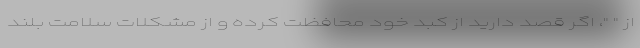
از " "، اگر قصد دارید از کبد خود محافظت کرده و از مشکلات سلامت بلند